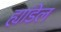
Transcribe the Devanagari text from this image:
ह्यांडेल